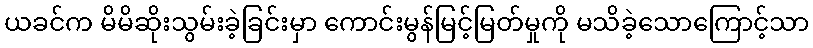
ယခင်က မိမိဆိုးသွမ်းခဲ့ခြင်းမှာ ကောင်းမွန်မြင့်မြတ်မှုကို မသိခဲ့သောကြောင့်သာ